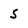
Character: 5